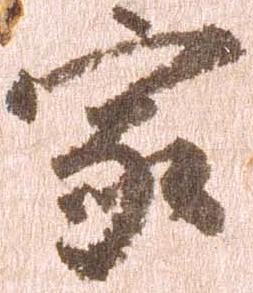
家